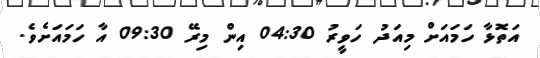
އަތޮޅާ ހަމައަށް މިއަދު ހަވީރު 04:30 އިން މިރޭ 09:30 އާ ހަމައަށެވެ.